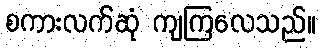
စကားလက်ဆုံ ကျကြလေသည်။